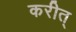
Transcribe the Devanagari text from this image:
करीत्